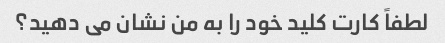
لطفاً کارت کلید خود را به من نشان می دهید؟